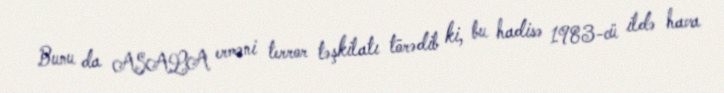
Bunu da ASALA erməni terror təşkilatı törədib ki, bu hadisə 1983-cü ildə hava